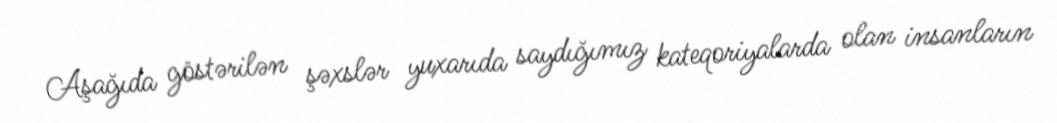
Aşağıda göstərilən şəxslər yuxarıda saydığımız kateqoriyalarda olan insanların